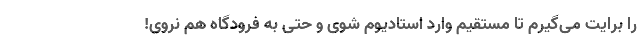
را برایت می‌گیرم تا مستقیم وارد استادیوم شوی و حتی به فرودگاه هم نروی!